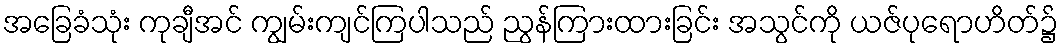
အခြေခံသုံး ကုချီအင် ကျွမ်းကျင်ကြပါသည် ညွန်ကြားထားခြင်း အသွင်ကို ယဇ်ပုရောဟိတ်၌